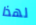
لهذا